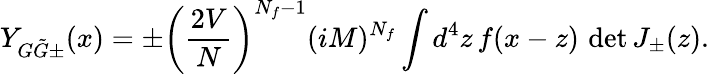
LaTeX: Y_{G\tilde{G}\pm}(x)=\pm\left(\frac{2V}{N}\right)^{N_{f}-1}(iM)^{N_{f}}\int d^{4}z\, f(x-z)\, \operatorname*{det}J_{\pm}(z).